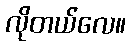
လိုတယ်လေ။